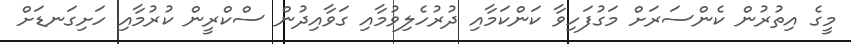
މީގެ އިތުރުން ކެންސަރަށް މަގުފަހިވާ ކަންކަމާއި ދުރުހެލިވުމާއި ގަވާއިދުން ސްކްރީން ކުރުމާއި ހަށިގަނޑަށް